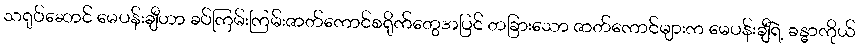
သရုပ်ဆောင် မေပန်းချီဟာ ခပ်ကြမ်းကြမ်းဇာတ်ကောင်စရိုက်တွေအပြင် တခြားသော ဇာတ်ကောင်များက မေပန်းချီရဲ့ ခန္ဓာကိုယ်